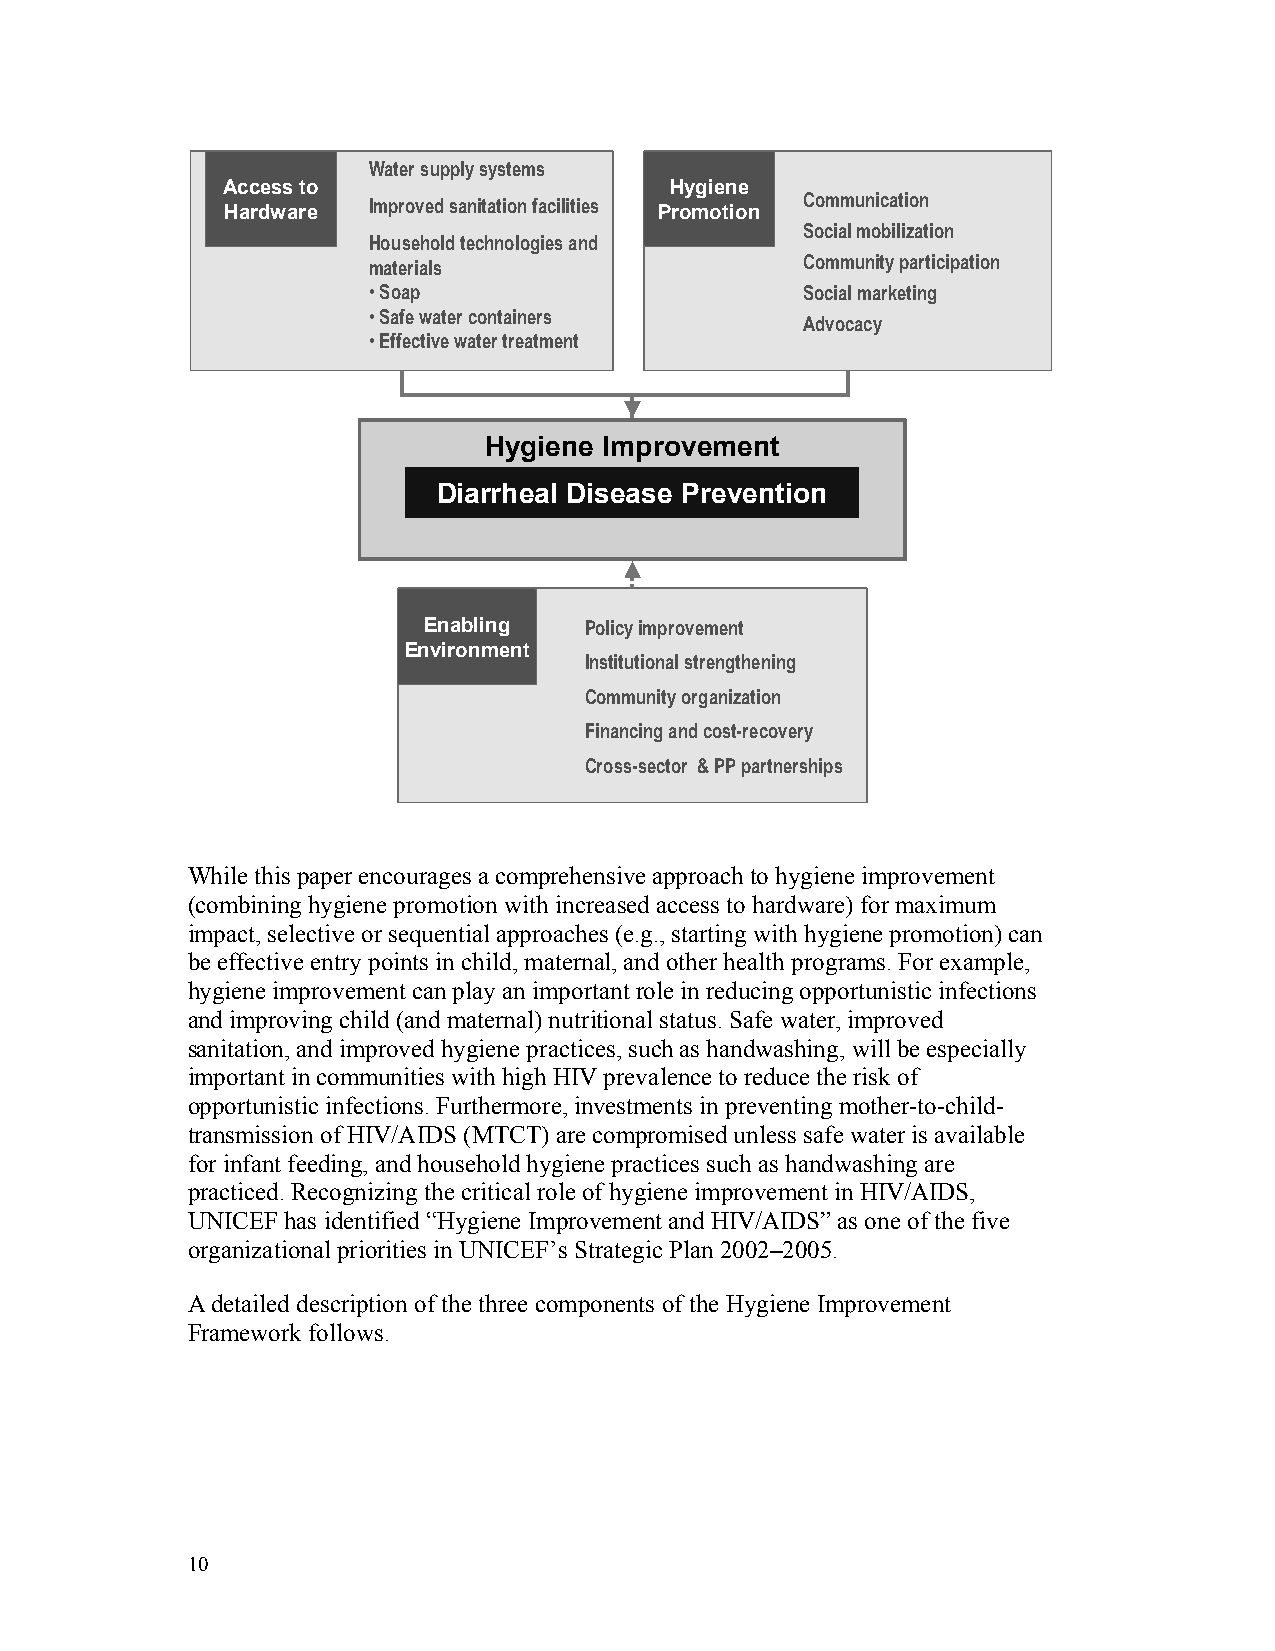
WWaatteerr ssuuppppllyy ssyysstteemmss
 AAcccceessss ttoo            HHyyggiieennee
 HHaarrddwwaarree IImmpprroovveedd ssaanniittaattiioonn ffaacciilliittiieess PPrroommoottiioonn CCoommmmuunniiccaattiioonn
 SSoocciiaall mmoobbiilliizzaattiioonn
 HHoouusseehhoolldd tteecchhnnoollooggiieess aanndd
 mmaatteerriiaallss           CCoommmmuunniittyy ppaarrttiicciippaattiioonn
 ••SSooaapp                   SSoocciiaall mmaarrkkeettiinngg
 ••SSaaffee wwaatteerr ccoonnttaaiinneerrss
 AAddvvooccaaccyy
 ••EEffffeeccttiivvee wwaatteerr ttrreeaattmmeenntt
 HHyyggiieennee IImmpprroovveemmeenntt
 DDiiaarrrrhheeaall DDiisseeaassee PPrreevveennttiioonn
 EEnnaabblliinngg PPoolliiccyy iimmpprroovveemmeenntt
 EEnnvviirroonnmmeenntt
 IInnssttiittuuttiioonnaall ssttrreennggtthheenniinngg
 CCoommmmuunniittyy oorrggaanniizzaattiioonn
 FFiinnaanncciinngg aanndd ccoosstt--rreeccoovveerryy
 CCrroossss--sseeccttoorr && PPPP ppaarrttnneerrsshhiippss
 While this paper encourages a comprehensive approach to hygiene improvement
 (combining hygiene promotion with increased access to hardware) for maximum
 impact, selective or sequential approaches (e.g., starting with hygiene promotion) can
 be effective entry points in child, maternal, and other health programs. For example,
 hygiene improvement can play an important role in reducing opportunistic infections
 and improving child (and maternal) nutritional status. Safe water, improved
 sanitation, and improved hygiene practices, such as handwashing, will be especially
 important in communities with high HIV prevalence to reduce the risk of
 opportunistic infections. Furthermore, investments in preventing mother-to-child-
 transmission of HIV/AIDS (MTCT) are compromised unless safe water is available
 for infant feeding, and household hygiene practices such as handwashing are
 practiced. Recognizing the critical role of hygiene improvement in HIV/AIDS,
 UNICEF has identified “Hygiene Improvement and HIV/AIDS” as one of the five
 organizational priorities in UNICEF’s Strategic Plan 2002–2005.
 A detailed description of the three components of the Hygiene Improvement
 Framework follows.
 10